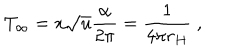
T _ { \infty } = x \sqrt { u } { \frac { \alpha } { 2 \pi } } = { \frac { 1 } { 4 \pi r _ { H } } } \; ,